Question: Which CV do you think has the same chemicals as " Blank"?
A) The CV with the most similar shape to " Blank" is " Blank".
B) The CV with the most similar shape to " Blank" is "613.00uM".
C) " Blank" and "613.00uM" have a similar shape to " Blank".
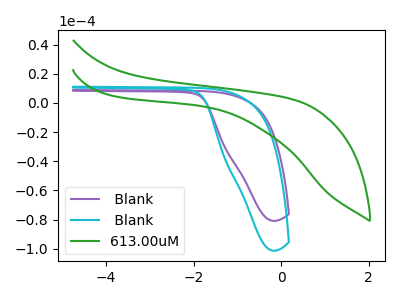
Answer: <think>The purple curve " Blank" has no peaks. The cyan curve " Blank" has no peaks. The green curve "613.00uM" has no peaks.
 Neither " Blank" or " Blank" have any peaks. Neither " Blank" or "613.00uM" have any peaks. Neither " Blank" or "613.00uM" have any peaks.</think>
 <answer>C) " Blank" and "613.00uM" have a similar shape to " Blank".</answer>
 <eval>C</eval>